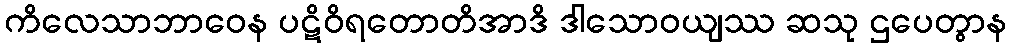
ကိလေသာဘာဝေန ပဋိဝိရတောတိအာဒိ ဒါသောဝယျဿ ဆသု ဌပေတွာန